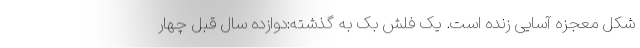
شکل معجزه آسایی زنده است. یک فلش بک به گذشته:دوازده سال قبل چهار